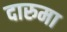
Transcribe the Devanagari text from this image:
दारुमा